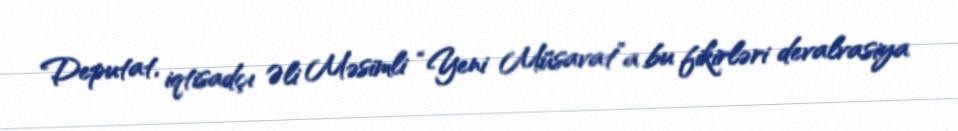
Deputat, iqtisadçı Əli Məsimli “Yeni Müsavat”a bu fikirləri devalvasiya